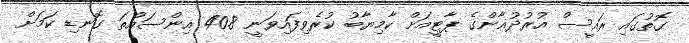
ގޮތުގައި ރައީސް އުރުދުޣާންގެ ޕާޓީއަށް ކާމިޔާބު ކުރެވިފައިވަނީ 40.8 އިންސައްތަ ގޮނޑި ކަމަށް